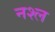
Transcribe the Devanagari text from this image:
नश्ल